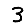
Digit: 3